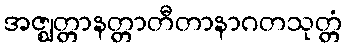
အဇ္ဈတ္တာနတ္တာတီတာနာဂတသုတ္တံ